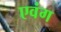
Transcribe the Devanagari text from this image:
एवंग